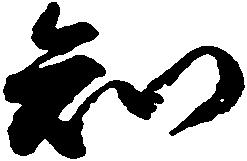
知